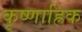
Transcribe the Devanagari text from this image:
कृष्णाह्रिक